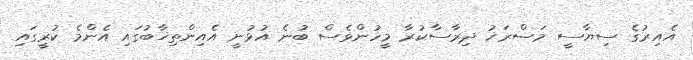
އެއިރުގެ ސިޔާސީ މަސްރަޚު ދިރާސާކުރާ މީހުންވެސް ބުނެ އުޅުނީ އެއިންތިޚާބުގައި އެންމެ ކުރީގައި